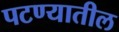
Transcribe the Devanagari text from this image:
पटण्यातील